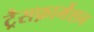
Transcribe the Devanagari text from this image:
ट्रैसफ़ार्मेशन